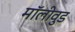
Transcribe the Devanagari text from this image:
मॉलीवुड